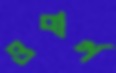
ওবার্গ